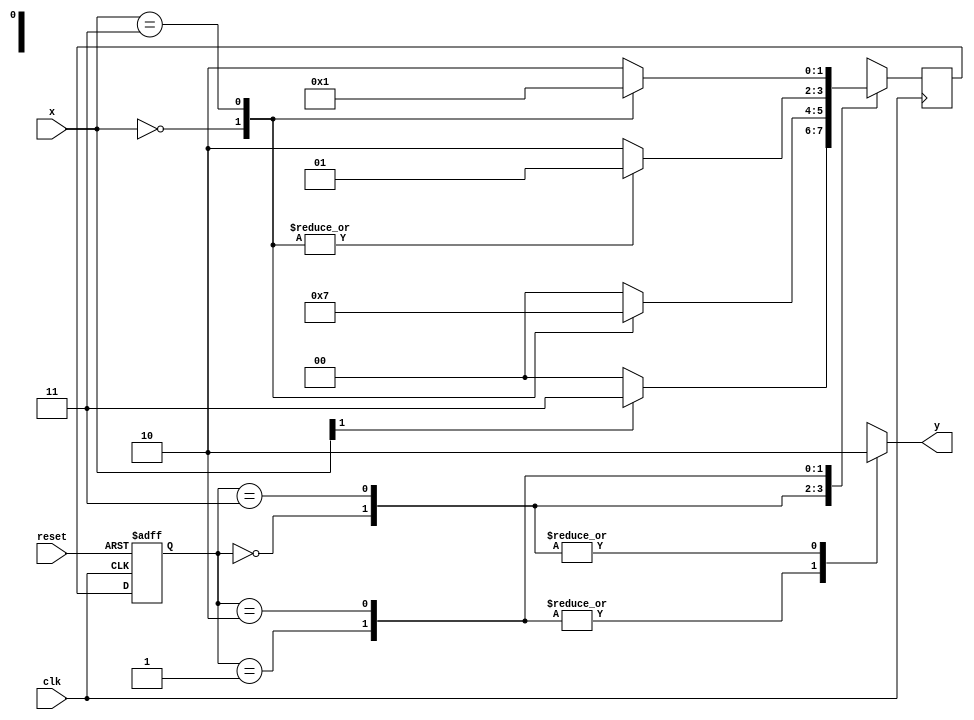
`timescale 1ns / 1ps
//////////////////////////////////////////////////////////////////////////////////
// Company: 
// Engineer: 
// 
// Design Name: 
// Module Name: main
// Project Name: 
// Target Devices: 
// Tool Versions: 
// Description: 
// 
// Dependencies: 
// 
// Revision:
// Revision 0.01 - File Created
// Additional Comments:
// 
//////////////////////////////////////////////////////////////////////////////////


module main(
    input clk,
    input [1:0]x,
    input reset,
    output reg y
    );
    reg [1:0]st;
    reg [1:0]nst;
    parameter s0=2'b00,s1=2'b10,s2=2'b01,s3=2'b11;
        always@(negedge clk or posedge reset)
        if(reset)   st<=s0;
        else        st<=nst;
        
        always@(posedge clk)
        begin
            case(st)
            s0: if(x[1]==0) nst<=s0; else nst<=s3;
            s3: case(x)
                    2'b00: nst<=s2;
                    2'b11: nst<=s3;
                    default: nst<=s0; 
                endcase
            s2: case(x)
                     2'b00: nst<=s2;
                     2'b11: nst<=s2;
                     default: nst<=s1; 
                endcase
            s1: case(x)
                      2'b00: nst<=s0;
                      2'b11: nst<=s2;
                      default: nst<=s1; 
                endcase
            endcase
        end
        
        always@(st)
            begin
                case(st)
                s0: y<=0;
                s1: y<=1;
                s2: y<=1;
                s3: y<=0;
                endcase
            end
    
    
    
    
    
endmodule